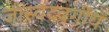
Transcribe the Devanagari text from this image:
जास्वंदवर्गीय